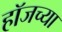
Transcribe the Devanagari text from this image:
हॉजच्या